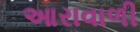
આરાવાળી